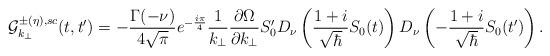
LaTeX: \begin{align*}{\cal{G}}_{k_\perp}^{\pm(\eta),sc} (t,t^\prime)=- { \Gamma(-\nu) \over 4\sqrt{\pi} } e^{- {i\pi \over4}} {1 \over k_\perp} {\partial \Omega \over \partial k_\perp} S_0^\prime D_\nu \left( {1+i\over \sqrt{\hbar}} S_0(t) \right) D_\nu \left(-{1+i\over \sqrt{\hbar}} S_0(t^\prime) \right).\end{align*}